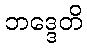
ဘဒ္ဒေတိ